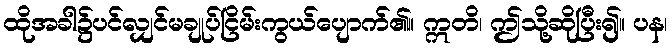
ထိုအခါ၌ပင်လျှင်မချုပ်ငြိမ်းကွယ်ပျောက်၏။ ဣတိ၊ ဤသို့ဆိုပြီး၍။ ပန၊